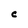
Character: C